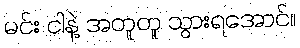
မင်း ငါနဲ့ အတူတူ သွားရအောင်။